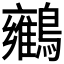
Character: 𪇉